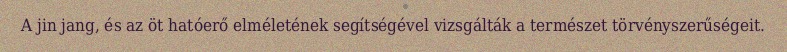
A jin jang, és az öt hatóerő elméletének segítségével vizsgálták a természet törvényszerűségeit.